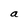
Character: a